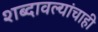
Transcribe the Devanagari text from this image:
शब्दावल्यांचाही